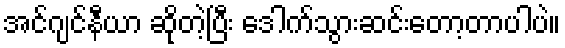
အင်ဂျင်နီယာ ဆိုတဲ့ပြီး ဒေါက်သွားဆင်းတော့တာပါပဲ။